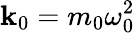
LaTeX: \mathbf{k}_{0}=m_{0}\omega_{0}^{2}